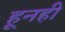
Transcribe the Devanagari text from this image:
हूनही